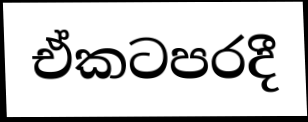
ඒකටපරදී